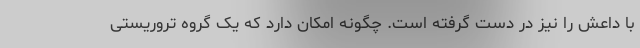
با داعش را نیز در دست گرفته است. چگونه امکان دارد که یک گروه تروریستی